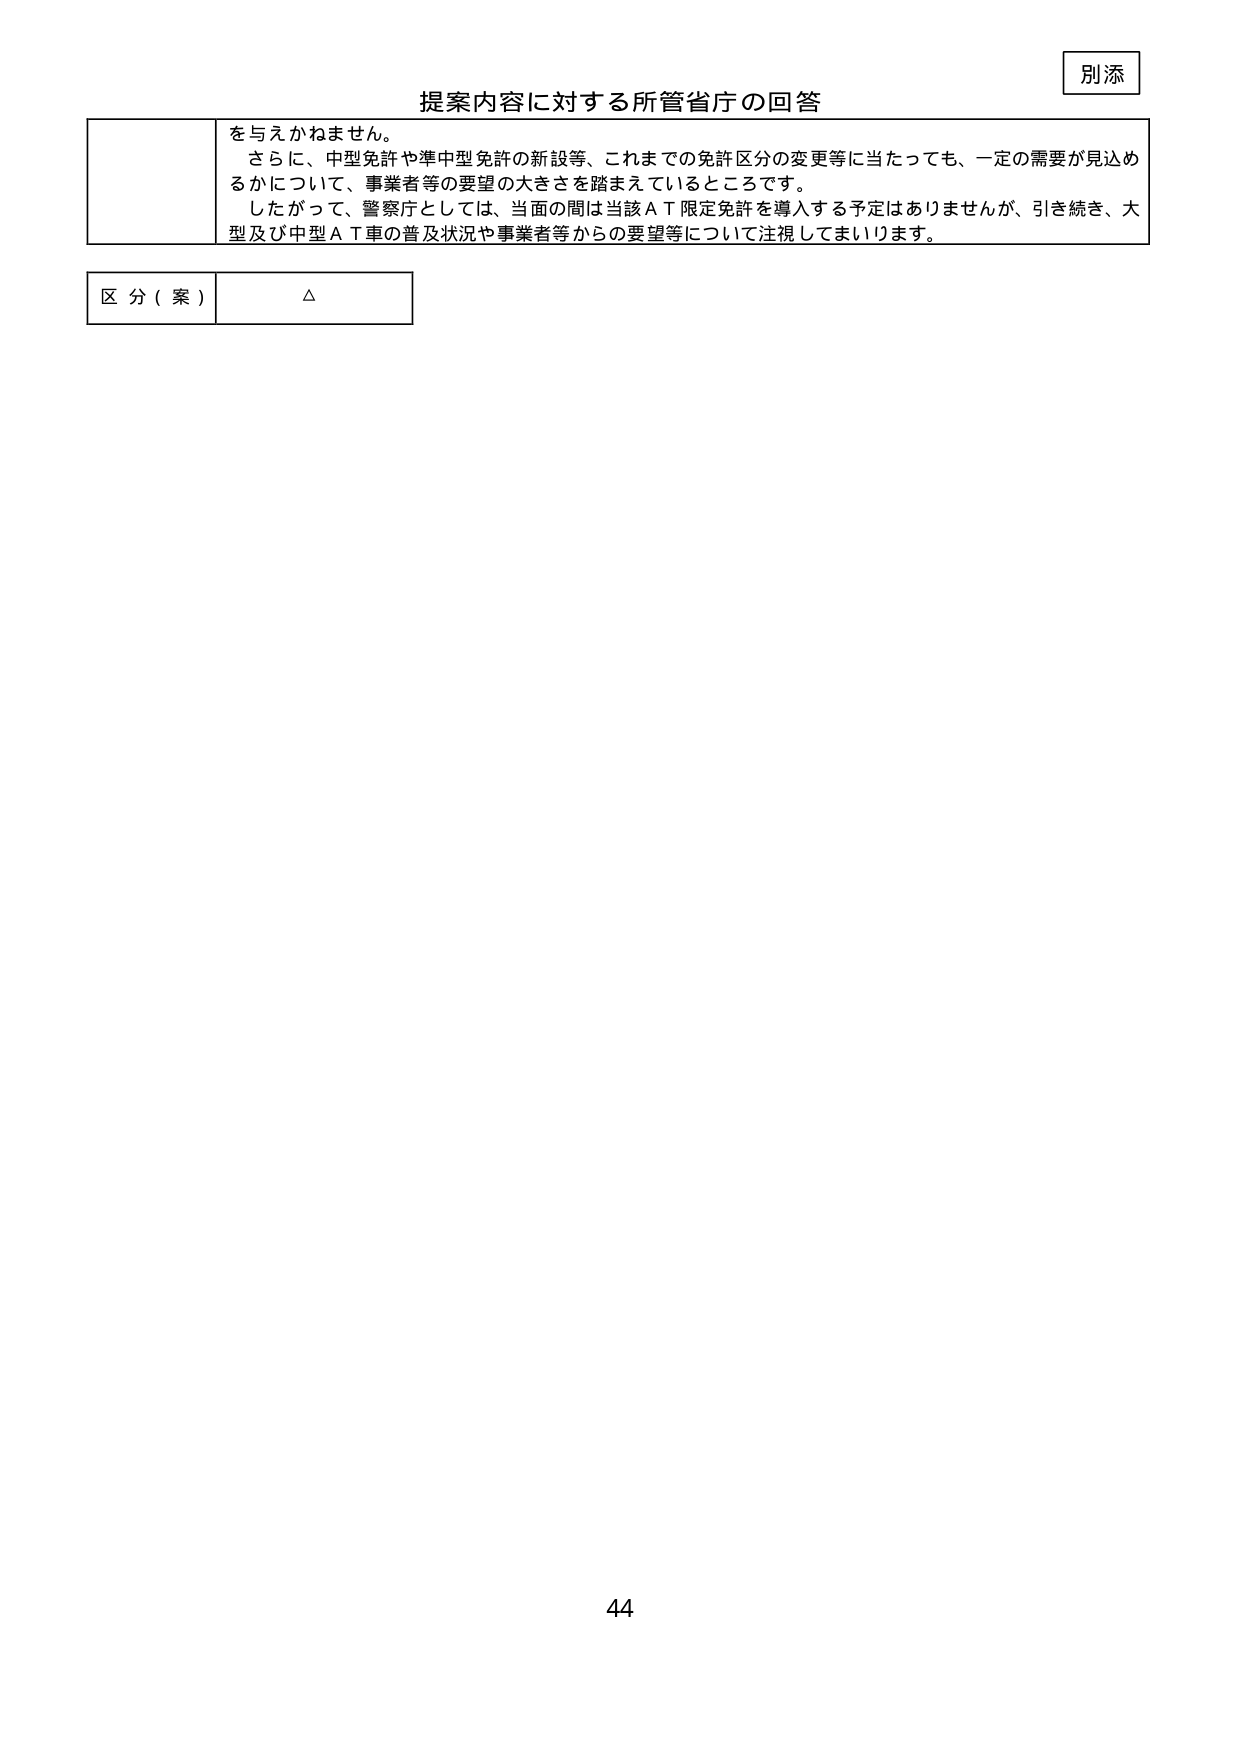
別添

提案内容に対する所管省庁の回答

を与えかねません。
さらに、中型免許や準中型免許の新設等、これまでの免許区分の変更等に当たっても、一定の需要が見込め
るかについて、事業者等の要望の大きさを踏まえているところです。
したがって、警察庁としては、当面の間は当該ＡＴ限定免許を導入する予定はありませんが、引き続き、大
型及び中型ＡＴ車の普及状況や事業者等からの要望等について注視してまいります。

区分（案）　△

44